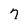
Character: 7